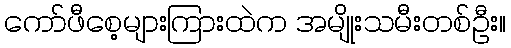
ကော်ဖီစေ့များကြားထဲက အမျိုးသမီးတစ်ဦး။